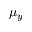
\mu _ { y }